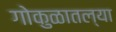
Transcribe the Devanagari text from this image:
गोकुळातल्या